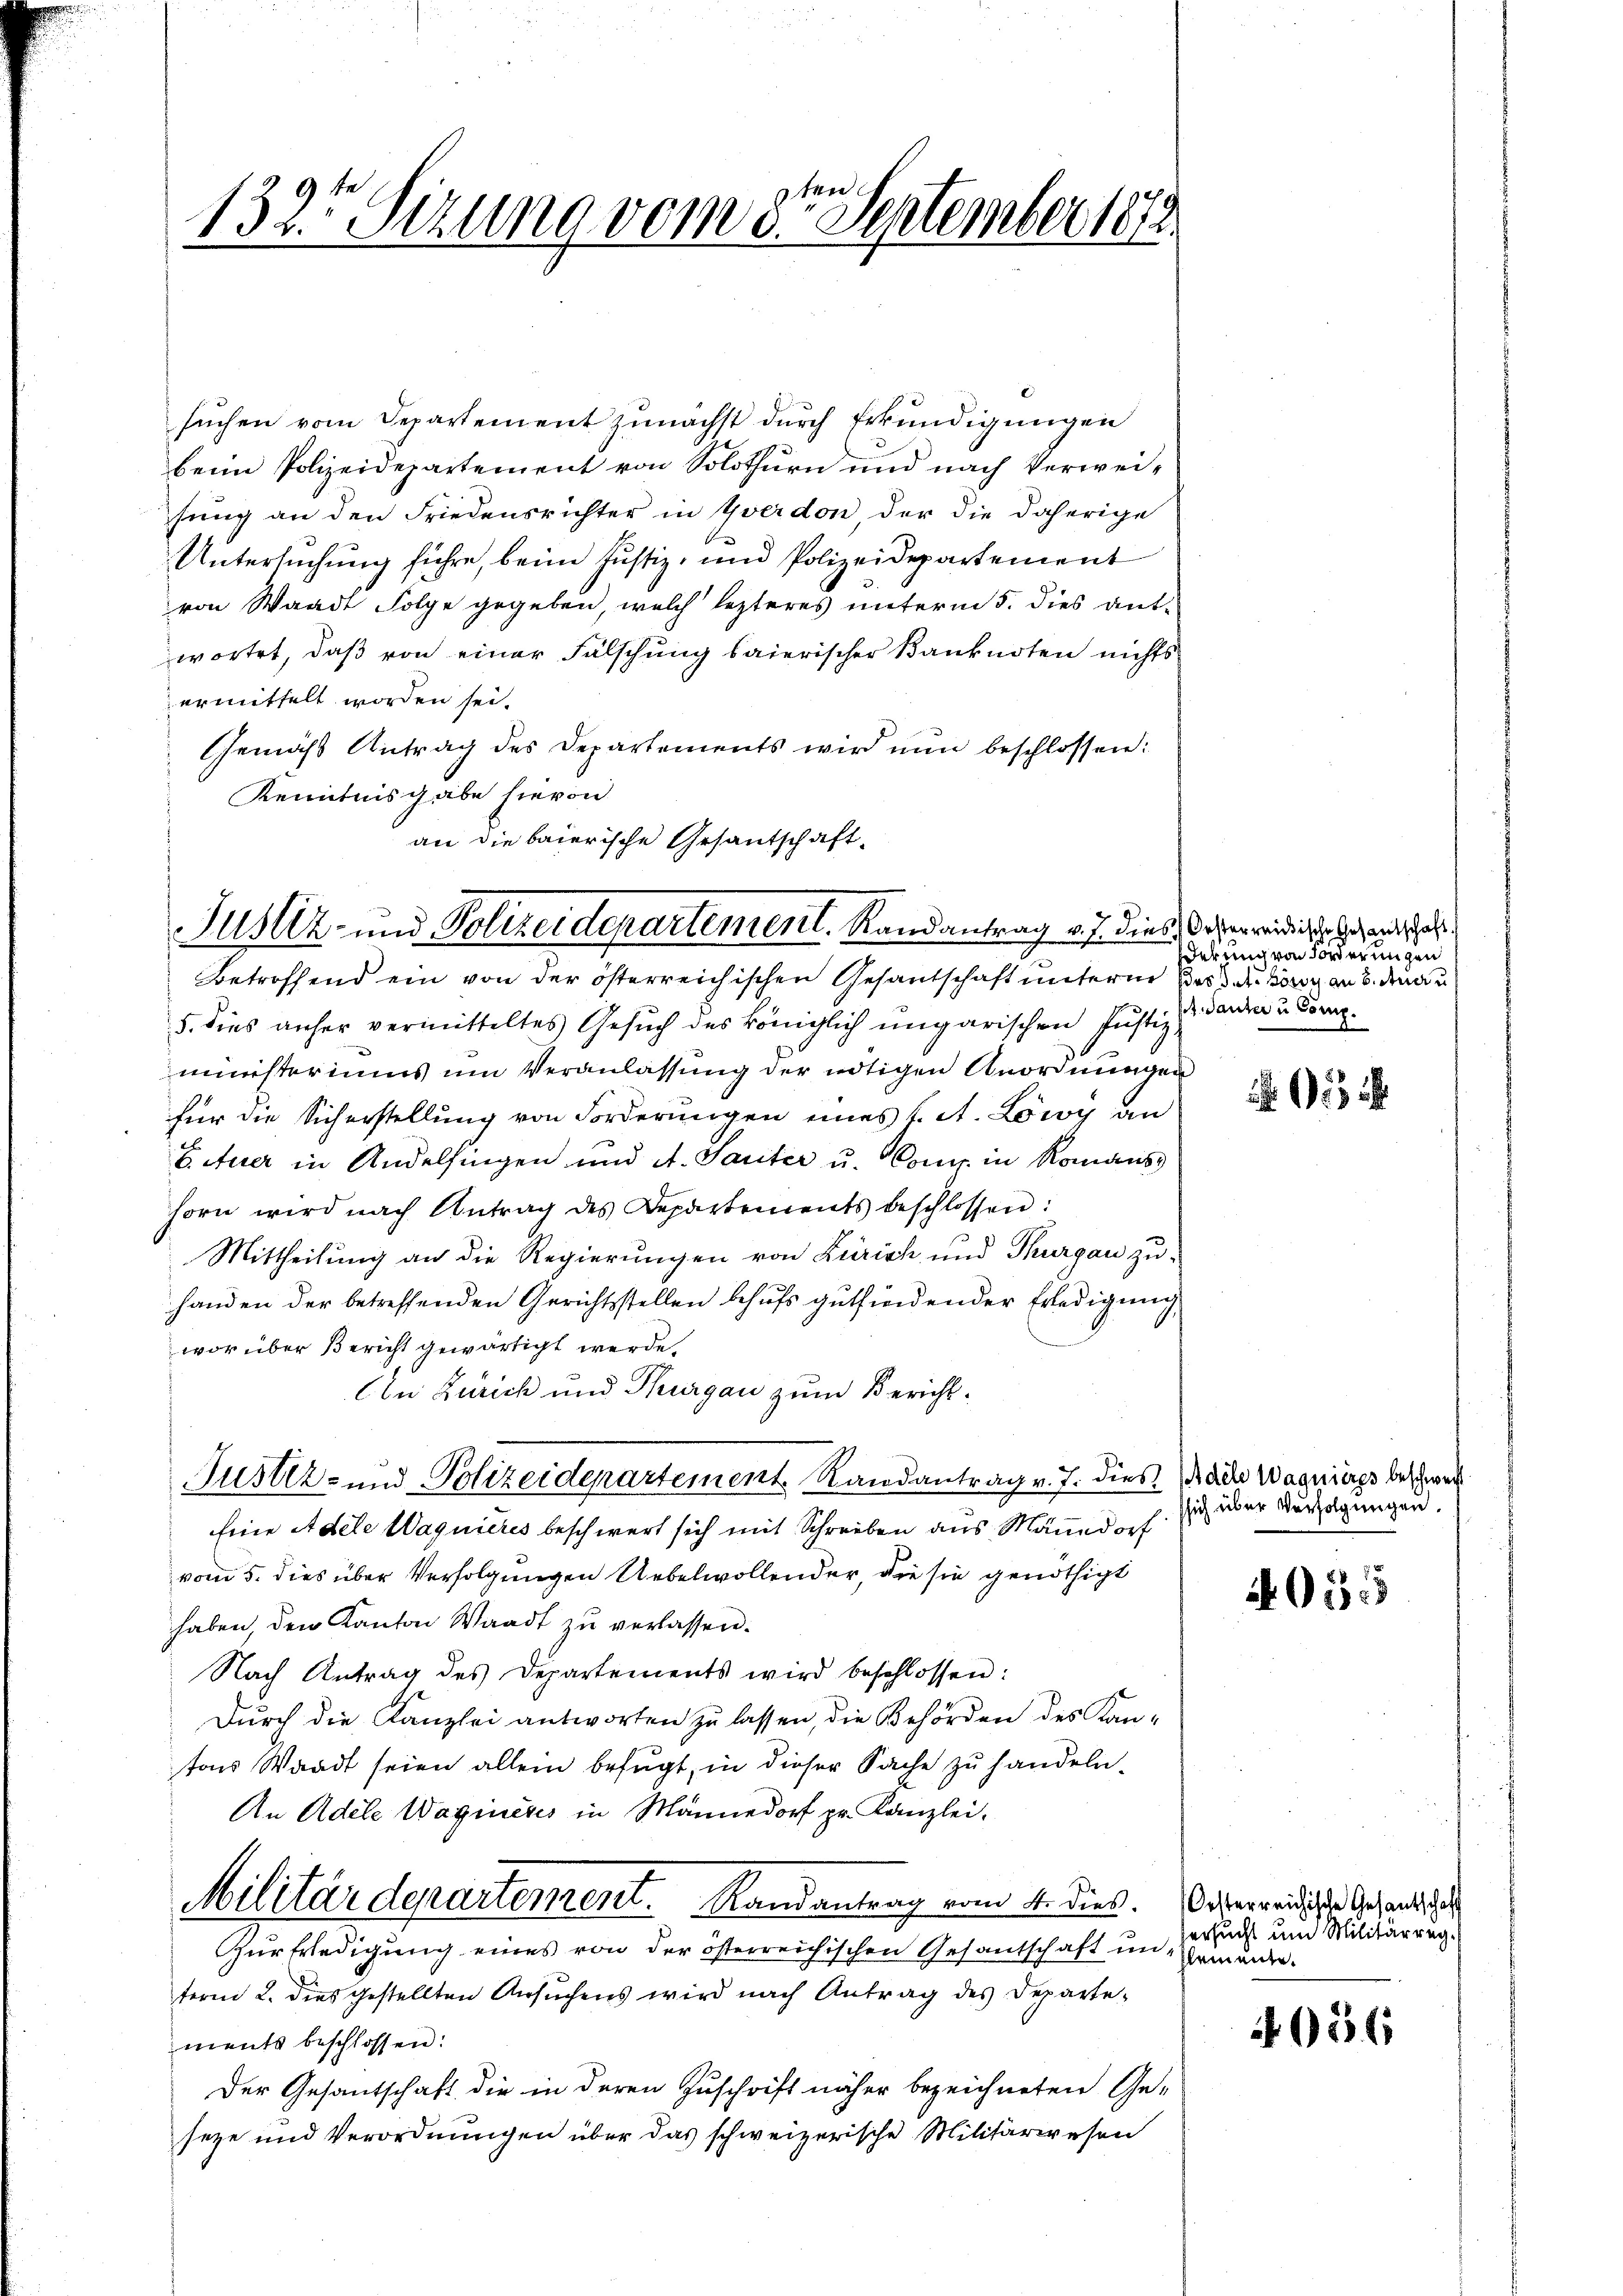
132. Sizung vom 8ten September 1872.

suchen vom Departement zunächst durch Erkundigungen
beim Polizeidepartement von Solothurn und nach Verweisung an den Friedensrichter in Yverdon der die daherige
Untersuchung führe, beim Justiz- und Polizeidepartement
von Waadt Folge gegeben, welch lezteres unterm 5. dies antwortet, daß von einer Fälschung baierischer Banknoten nichts
ermittelt worden sei.
Gemäss Antrag des Departements wird nun beschlossen:
Kenntnisgabe hievon
an die baierische Gesantschaft.

Justiz- und Polizeidepartement. Randantrag v. J. dies Scherwendige Hand al

Betroffend ein von der österreichischen Gesantschaft unterm Bei der Hörer an 8. den u
5. dies anher vermitteltes Gesuch des königlich ungarischen Justiz,
ministeriums um Veranlassung der nötigen Anordnungen
für die Sicherstellung von Forderungen eines L. St. Löwy an
Ettuer in Andelfingen und A. Sauter u. Comp. in Romans
horn wird nach Antrag des Departements beschlossen:
Mittheilung an die Regierungen von Zürich und Thurgau zuhanden der betreffenden Gerichtsstellen behufs gutfindender Erledigung,
worüber Bericht gewärtigt werde.
An Zürich und Thurgau zum Bericht.
Justiz- und Polizeidepartement Randantrag v. J. dies Rede Wagniaps beschwe¬
Eine Adele Wagnieres beschwert sich mit Schreiben aus Mänedorf
vom 5. dies über Verfolgungen Uebelwollender, die sie genöthigt
haben, den Kanton Waadt zu verlassen.
Nach Antrag des Departements wird beschlossen:
Durch die Kanzlei antworten zu lassen, die Behörden des Kantons Waadt seien allein befugt, in dieser Sache zu handeln.
An Adele Waginesis in Männedorf pr. Kanzlei-
Militärdepartement. Randantrag vom 4. dies. Oberreidische Gesandtsch
Zur Erledigung eines von der österreichischen Gesantschaft in Remuneterm 2. dies gestellten Ansuchens wird nach Antrag des Departements beschlossen:
Der Gesantschaft die in deren Zuschrift näher bezeichneten Ge-
seze und Verordnungen über das schweizerische Militärwesen

derung von Forderungen
A. Sauter u Comp.

sich über Verfolgungen.

1555

Versucht um Militärrug¬

056